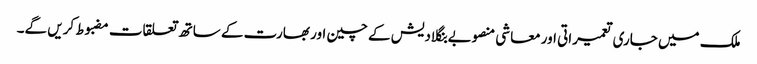
ملک میں جاری تعمیراتی اور معاشی منصوبے بنگلادیش کے چین اور بھارت کے ساتھ تعلقات مضبوط کریں گے۔